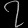
Digit: ၇